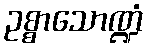
ဥစ္စာသောဏ္ဍံ